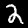
Digit: 2